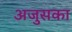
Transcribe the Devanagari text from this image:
अजुसका